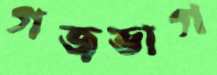
গজভাগ